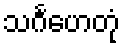
သင်္ဂဟေတုံ